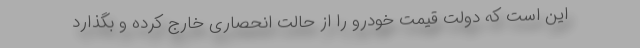
این است که دولت قیمت خودرو را از حالت انحصاری خارج کرده و بگذارد